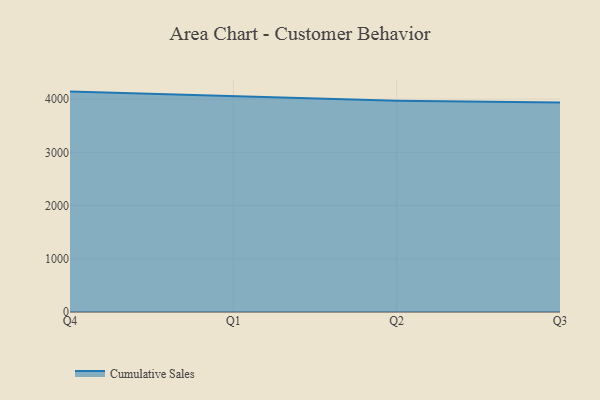
{"axis": {"x": "Quarter", "y": "Customer Acquisition Cost (USD)"}, "legend": ["Cumulative Sales"], "data": [{"x": "Q4", "y": 4141.7, "type": "Cumulative Sales"}, {"x": "Q1", "y": 4052.9, "type": "Cumulative Sales"}, {"x": "Q2", "y": 3970.1, "type": "Cumulative Sales"}, {"x": "Q3", "y": 3938.1, "type": "Cumulative Sales"}]}